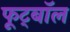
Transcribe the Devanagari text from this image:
फूट्बॉल